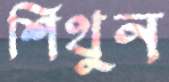
শিথুন